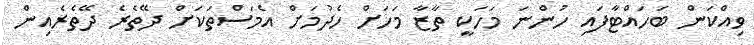
ވިއްކަން ބަހައްޓާފައި ހުންނަ މަހަކީ ތާޒާ މަހަށް ހެދުމަށް އެމަސްތަކަށް ދޭތެރެ ދޭތެރެއިން